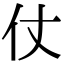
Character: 仗